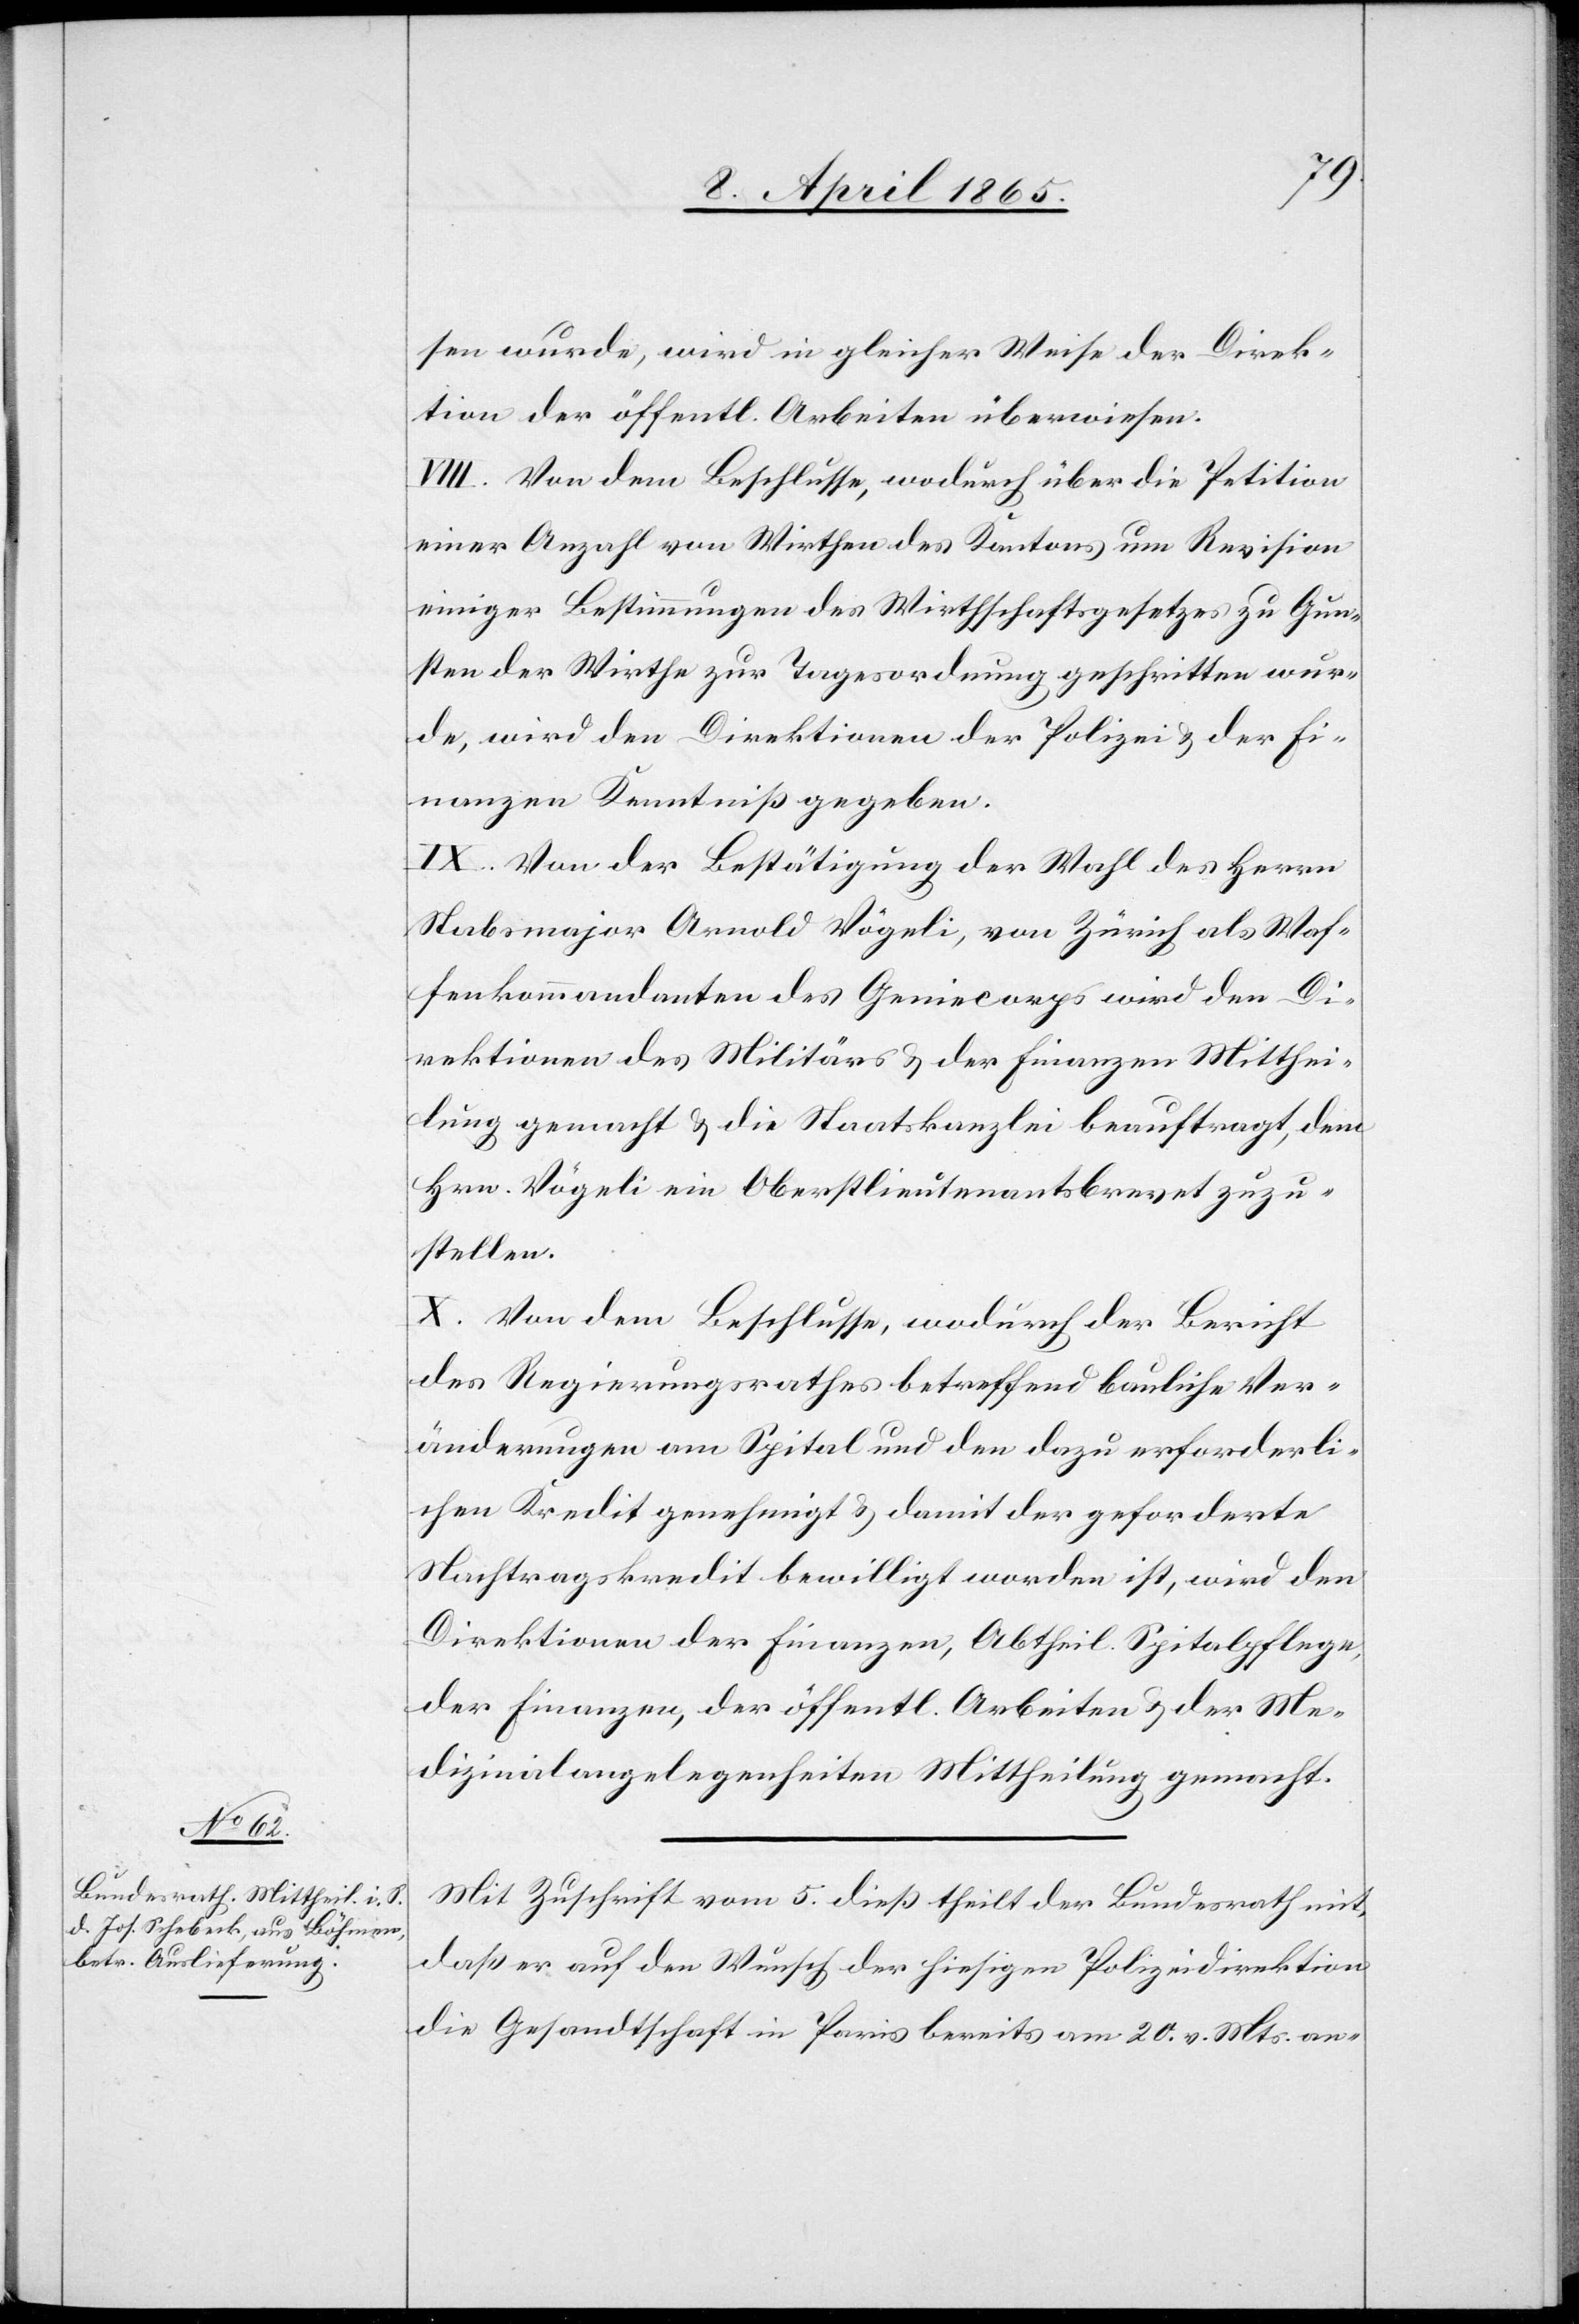
sen wurde, wird in gleicher Weise der Direk¬
tion der öffentl. Arbeiten überwiesen.
VIII. Von dem Beschlusse, wodurch über die Petition
einer Anzahl von Wirthen des Kantons um Revision
einiger Bestimmungen des Wirthschaftsgesetzes zu Gun¬
sten der Wirthe zur Tagesordnung geschritten wur¬
de, wird den Direktionen der Polizei & der Fi¬
nanzen Kenntniß gegeben.
IX. Von der Bestätigung der Wahl des Herrn
Stabsmajor Arnold Vögeli, von Zürich als Waf¬
fenkommandanten des Geniecorps wird den D¬
irektionen des Militärs & der Finanzen Mitthei¬
lung gemacht & die Staatskanzlei beauftragt, dem
Hrn. Vögeli ein Oberstlieutenantsbrevet zuzu¬
stellen.
X. Von dem Beschlusse, wodurch der Bericht
des Regierungsrathes betreffend bauliche Ver¬
änderungen am Spital und den dazu erforderli¬
chen Kredit genehmigt & damit der geforderte
Nachtragskredit bewilligt worden ist, wird den
Direktionen der Finanzen, Abtheil. Spitalpflege,
der Finanzen, der öffentl. Arbeiten & der Me¬
dizinalangelegenheiten Mittheilung gemacht.
Mit Zuschrift vom 5. dieß theilt der Bundesrath mit,
daß er auf den Wunsch der hiesigen Polizeidirektion
die Gesandtschaft in Paris bereits am 20. v. Mts. an-